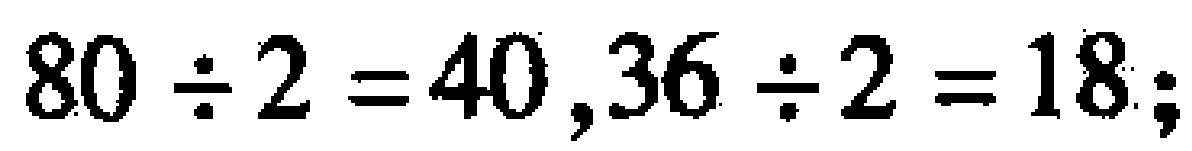
\(80 \div 2 = 40 ,36 \div 2 = 18;\)